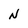
Character: N